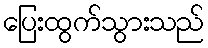
ပြေးထွက်သွားသည်